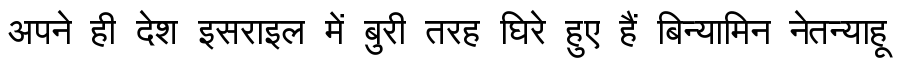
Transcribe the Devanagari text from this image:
अपने ही देश इसराइल में बुरी तरह घिरे हुए हैं बिन्यामिन नेतन्याहू